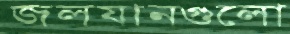
জলযানগুলো